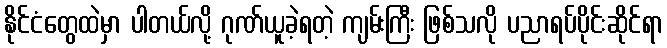
နိုင်ငံတွေထဲမှာ ပါတယ်လို့ ဂုဏ်ယူခဲ့ရတဲ့ ကျမ်းကြီး ဖြစ်သလို ပညာရပ်ပိုင်းဆိုင်ရာ